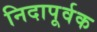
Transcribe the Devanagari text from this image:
निदापूर्वक